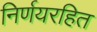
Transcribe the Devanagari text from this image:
निर्णयरहित